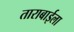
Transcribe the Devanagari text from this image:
ताराबाईला